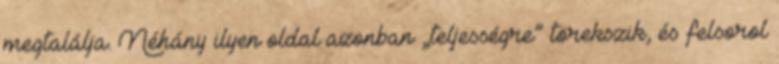
megtalálja. Néhány ilyen oldal azonban „teljességre” törekszik, és felsorol